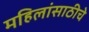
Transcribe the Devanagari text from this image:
महिलांसाठीचे